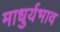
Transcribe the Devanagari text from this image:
माधुर्यभाव